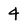
Character: 4